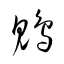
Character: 鵯